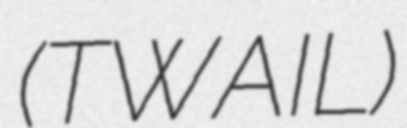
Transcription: (TWAIL)